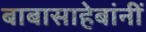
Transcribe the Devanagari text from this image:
बाबासाहेबांनीं